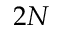
2 N